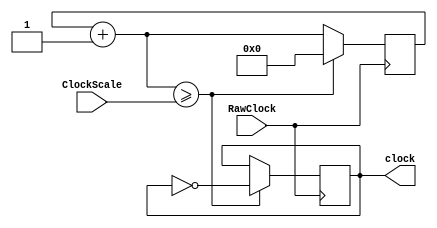
`timescale 1ns / 1ps
//////////////////////////////////////////////////////////////////////////////////
// Company:        Team.TeaWhen
// 
// Design Name: 
// Module Name:    Clock 
// Project Name:   Five Stage Pipeline CPU
// Target Devices: Spartan3E Starter Kit
// Tool versions:  Xilinx ISE 14.1
// Description:    I love @Lilian_Ye
//
// Dependencies: 
//
// Revision: 
// Revision 0.01 - File Created
// Additional Comments: 
//
//////////////////////////////////////////////////////////////////////////////////
module Clock(
    input RawClock,
    input [31:0] ClockScale,
    output reg clock
    );

    reg [31:0] clkq = 0;
    
    always @ (posedge RawClock) begin
        clkq = clkq + 1;
        if (clkq >= ClockScale) begin
            clock = ~clock;
            clkq = 0;
        end
    end

endmodule